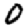
Digit: 0